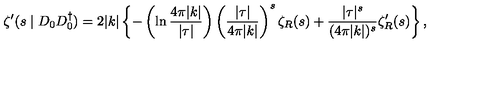
\zeta ^ { \prime } ( s \mid D _ { 0 } D _ { 0 } ^ { \dagger } ) = 2 | k | \left\{ - \left( \ln \frac { 4 \pi | k | } { | \tau | } \right) \left( \frac { | \tau | } { 4 \pi | k | } \right) ^ { s } \zeta _ { R } ( s ) + \frac { | \tau | ^ { s } } { ( 4 \pi | k | ) ^ { s } } \zeta _ { R } ^ { \prime } ( s ) \right\} ,